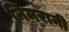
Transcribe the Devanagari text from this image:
निमरानी